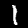
Digit: 1